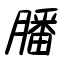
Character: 膰